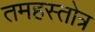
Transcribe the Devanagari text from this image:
तमहस्तोत्र